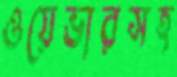
ওয়েভারসহ